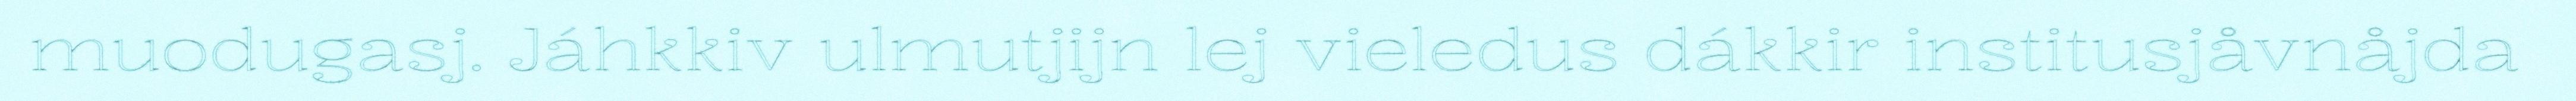
muodugasj. Jáhkkiv ulmutjijn lej vieledus dákkir institusjåvnåjda